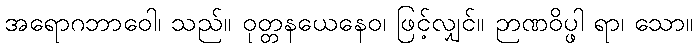
အရောဂဘာဝေါ၊ သည်။ ဝုတ္တနယေနေဝ၊ ဖြင့်လျှင်။ ဉာဏဝိပ္ဖါ ရာ၊ သော။